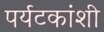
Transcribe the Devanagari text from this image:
पर्यटकांशी